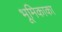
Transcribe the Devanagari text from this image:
भूमिकाका